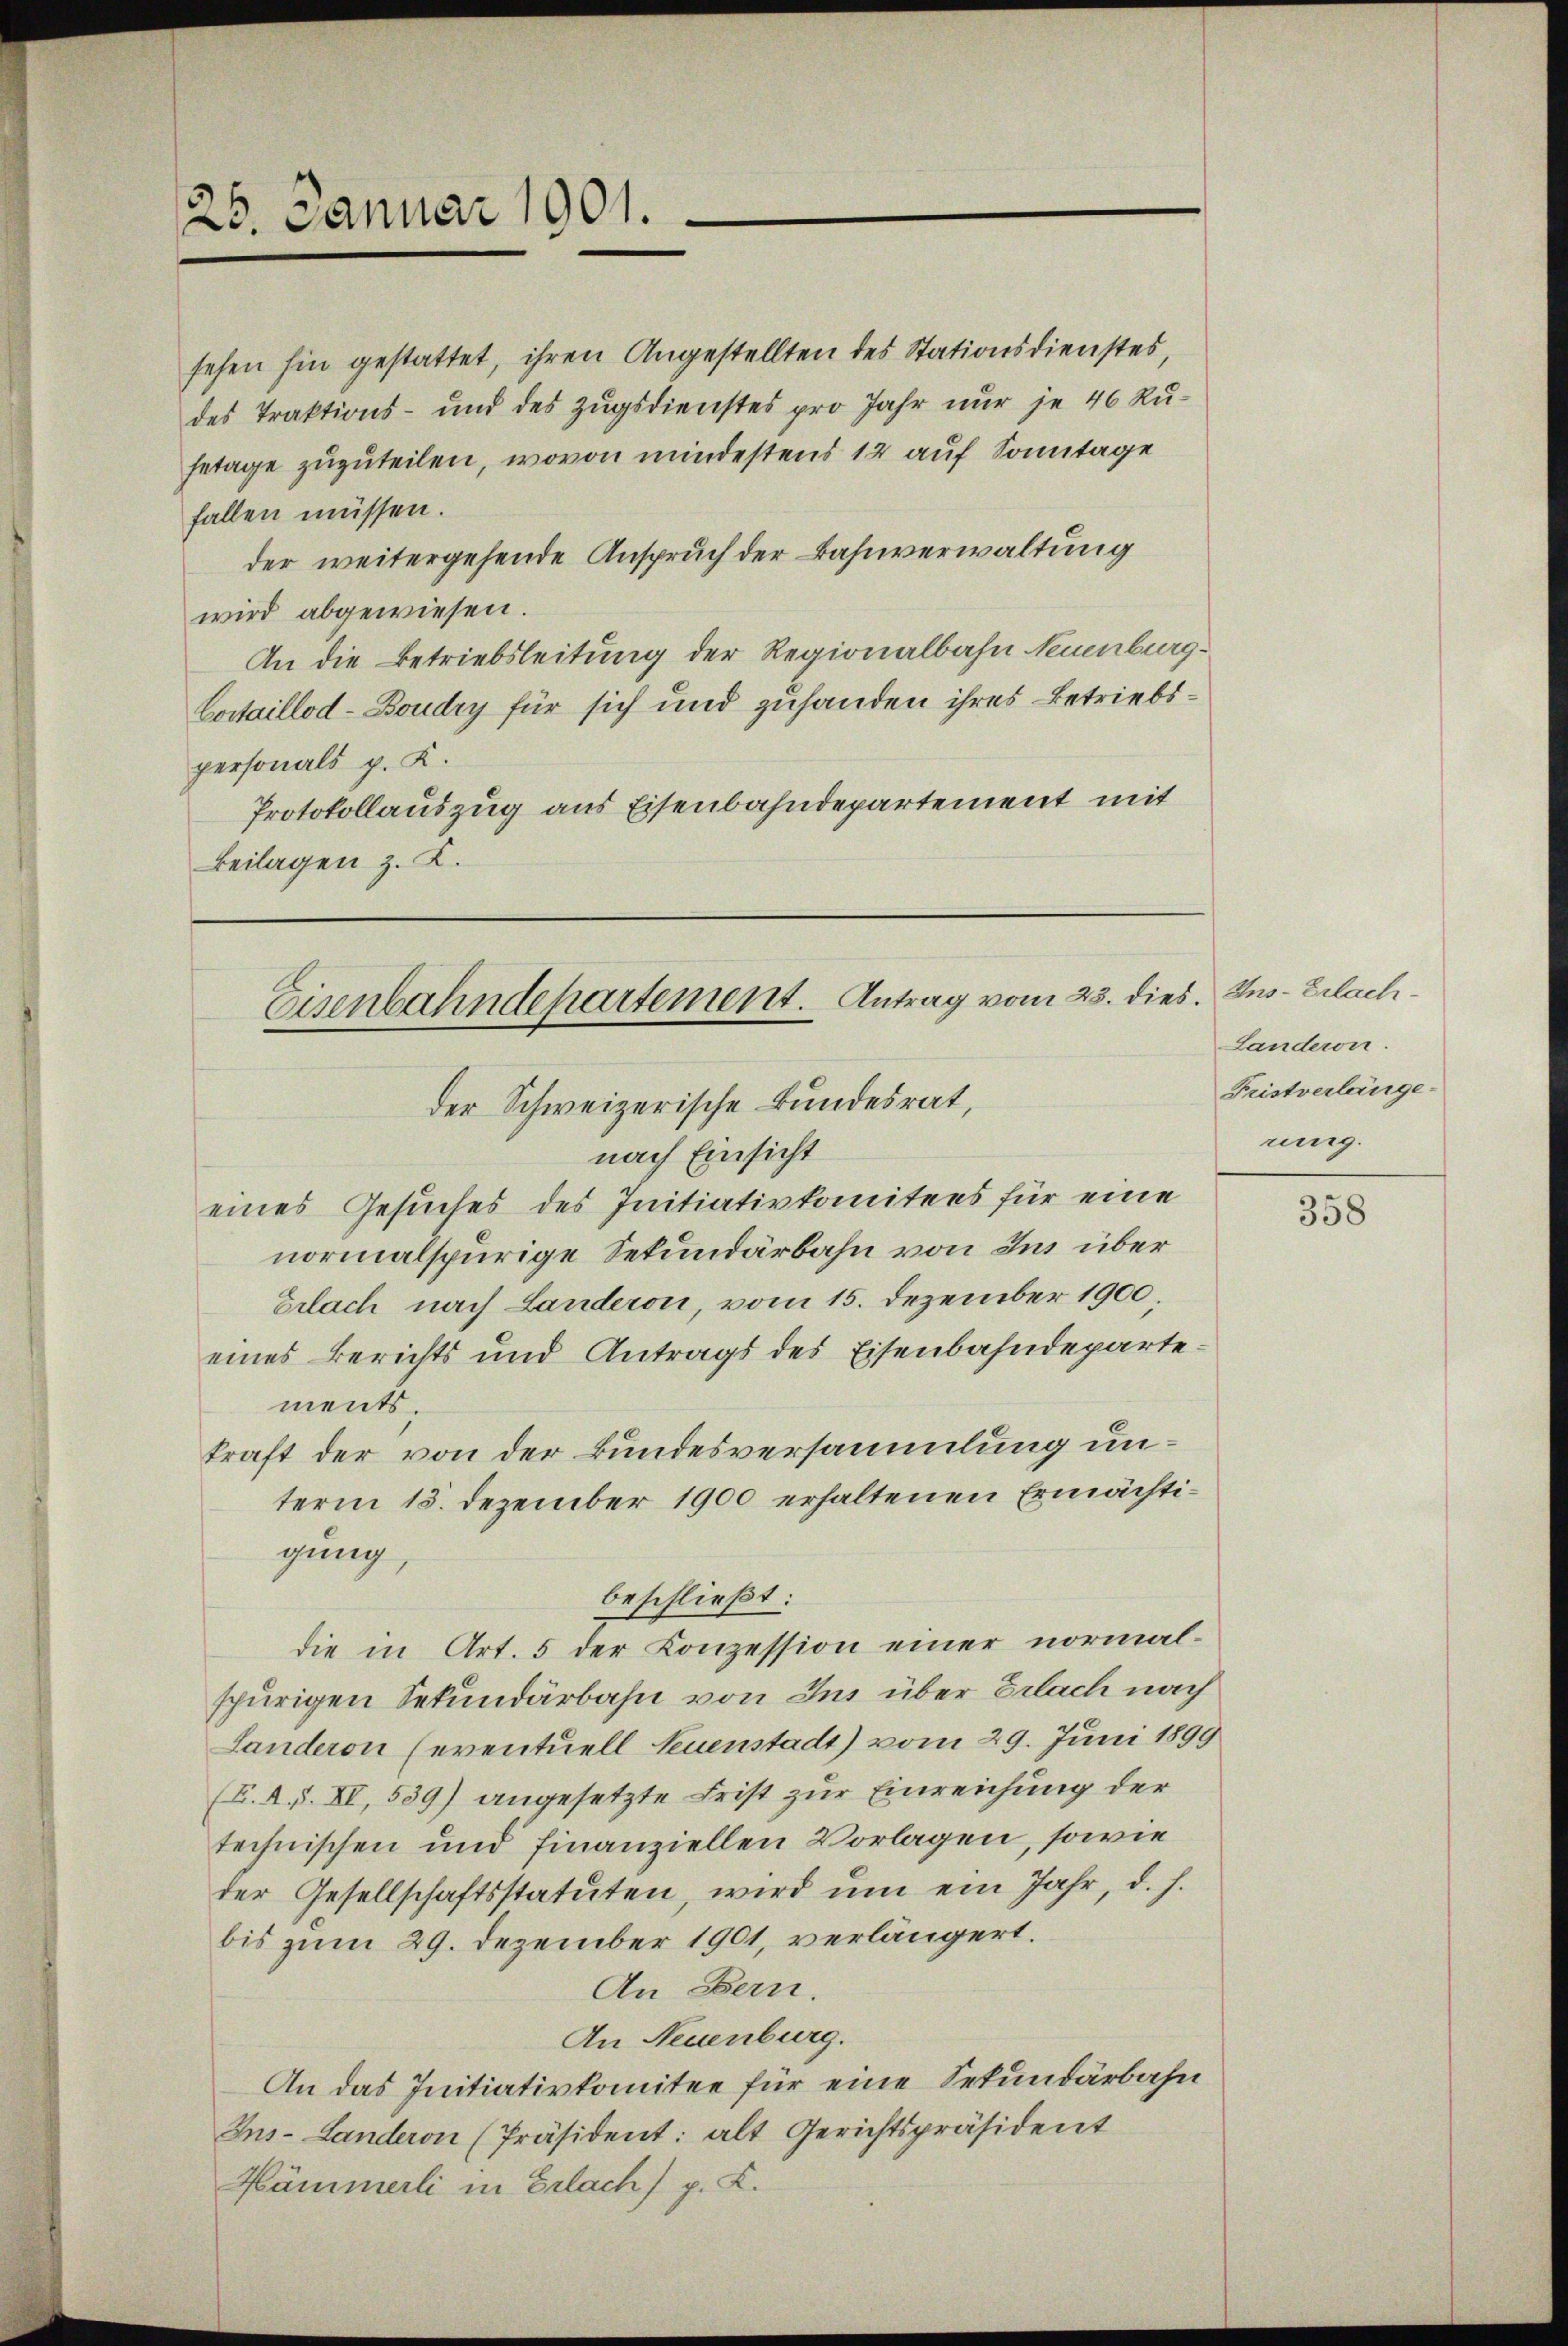
25. Januar 1901.

fallen müssen.
der weitergehende Anspruch der Bahnverwaltung
wird abgewiesen.
An die Betriebsleitung der Regionalbahn Neuenburg¬
Costaillod-Boudry für sich und zuhanden ihres Betriebspersonals p. K.
Protokollauszug aus Eisenbahndepartement mit
Beilagen z. K.

Eisenbahndepartement. Antrag vom 23. dies. Ins- Erlachder Schweizerische Bundesrat,
nach Einsicht

sehen hin gestattet, ihren Angestellten des Stationsdienstes,
des Traktions- und des Zugsdienstes pro Jahr nur je 46 Ru¬
Getage zuzuteilen, wovon mindestens 12 auf Sonntage

eines Gesuches des Initiativkomitees für eine
normalspurige Sekundärbahn von Ins über
Erlach nach Landeron, vom 15. Dezember 1900,
eines Berichts und Antrags des Eisenbahndepartements.
kraft der von der Bundesversammlung unterm 15. Dezember 1900 erhaltenen Ermächtigung,
beschließt:
die in Art. 5 der Konzession einer normalspurigen Sekundärbahn von Ins über Erlach nach
Landeron (eventuell Leuenstadt) vom 29. Juni 1899
(L. A. S. XI, 539) angesetzte Frist zur Einreichung der
technischen und finanziellen Vorlagen, sowie
der Gesellschaftsstatuten, wird ŭm ein Jahr, d. h.
bis zum 29. Dezember 1901, verlängert.
An Bern.
An Neuenburg.
An das Initiativkomitee für eine Sekundärbahn
Ins-Landeron (Präsident: alt Gerichtspräsident
Kämmerli in Erlach p. K.

Landeron.
Fristverlänge.
rung.

358